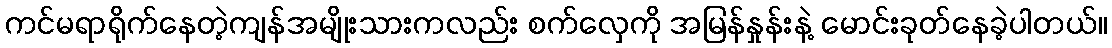
ကင်မရာရိုက်နေတဲ့ကျန်အမျိုးသားကလည်း စက်လှေကို အမြန်နှုန်းနဲ့ မောင်းခုတ်နေခဲ့ပါတယ်။